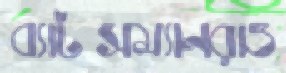
ব্যাটসম্যানরাও